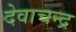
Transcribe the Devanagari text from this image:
देवाचन्द्र